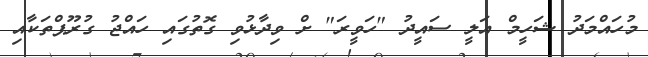
މުހައްމަދު ޝަހީމް އަލީ ސައީދު "ހަވީރަ" ށް ވިދާޅުވި ގޮތުގައި ހައްޖު ގުރޫޕްތަކާއި